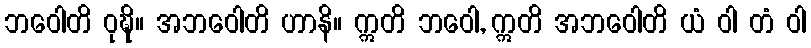
ဘဝေါတိ ဝုဍ္ဎိ။ အဘဝေါတိ ဟာနိ။ ဣတိ ဘဝေါ, ဣတိ အဘဝေါတိ ယံ ဝါ တံ ဝါ